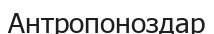
Антропоноздар